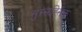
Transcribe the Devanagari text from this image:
सुस्सह्सिक